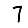
Digit: 7